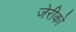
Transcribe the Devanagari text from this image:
जेरीको